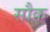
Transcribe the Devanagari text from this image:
सौक